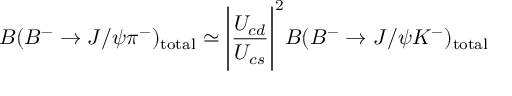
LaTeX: B ( B ^ { - } \rightarrow J / \psi \pi ^ { - } ) _ { \mathrm { t o t a l } } \simeq \Biggl | { \frac { U _ { c d } } { U _ { c s } } } \Biggr | ^ { 2 } B ( B ^ { - } \rightarrow J / \psi K ^ { - } ) _ { \mathrm { t o t a l } }